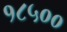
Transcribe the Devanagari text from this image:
१८५००